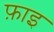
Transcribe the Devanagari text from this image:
फ़ाइ